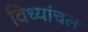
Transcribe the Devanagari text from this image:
विध्यांचल